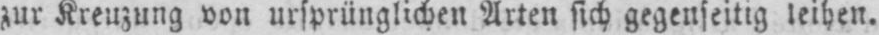
zur Kreuzung von ursprünglichen Arten sich gegenseitig leihen.